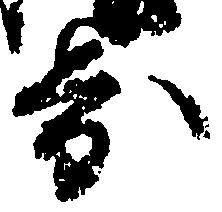
歩